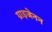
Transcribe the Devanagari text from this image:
ग्राइजेनन